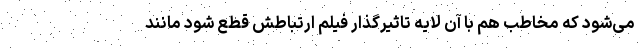
می‌شود که مخاطب هم با آن لایه تاثیرگذار فیلم ارتباطش قطع شود مانند